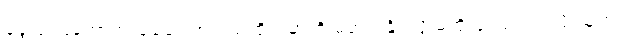
ခွေးရူးပြန်ကာကွယ်ဆေးက ဝယ်ထိုးရမှာကို မတတ်နိုင်လို့ မထိုးခဲ့ကြရဘူးလို့ သူက